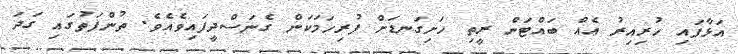
އަޅާފައި ހުރިއިރު އެއް ބައްޓަން ރީތި ހަށިގަނޑަށް ފުރިހަމަކަން ގެނަސްދީފައިވެއެވެ. ތުންފަތުގައި ގަދަ